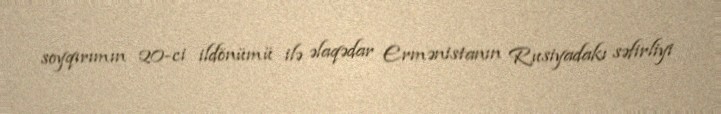
soyqırımın 20-ci ildönümü ilə əlaqədar Ermənistanın Rusiyadakı səfirliyi